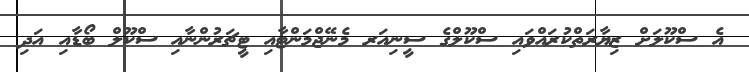
އެ ސްކޫލަށް ޒިޔާރަތްކުރައްވައި ސްކޫލްގެ ސީނިއަރ މެނޭޖްމަންޓާއި ޓީޗަރުންނާއި ސްކޫލް ބޯޑާއި އަދި